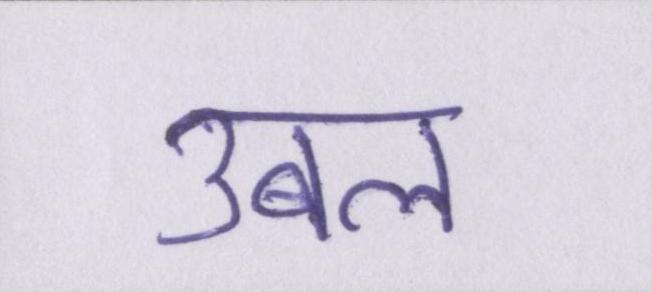
उबल